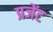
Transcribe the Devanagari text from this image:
प्रजेंट